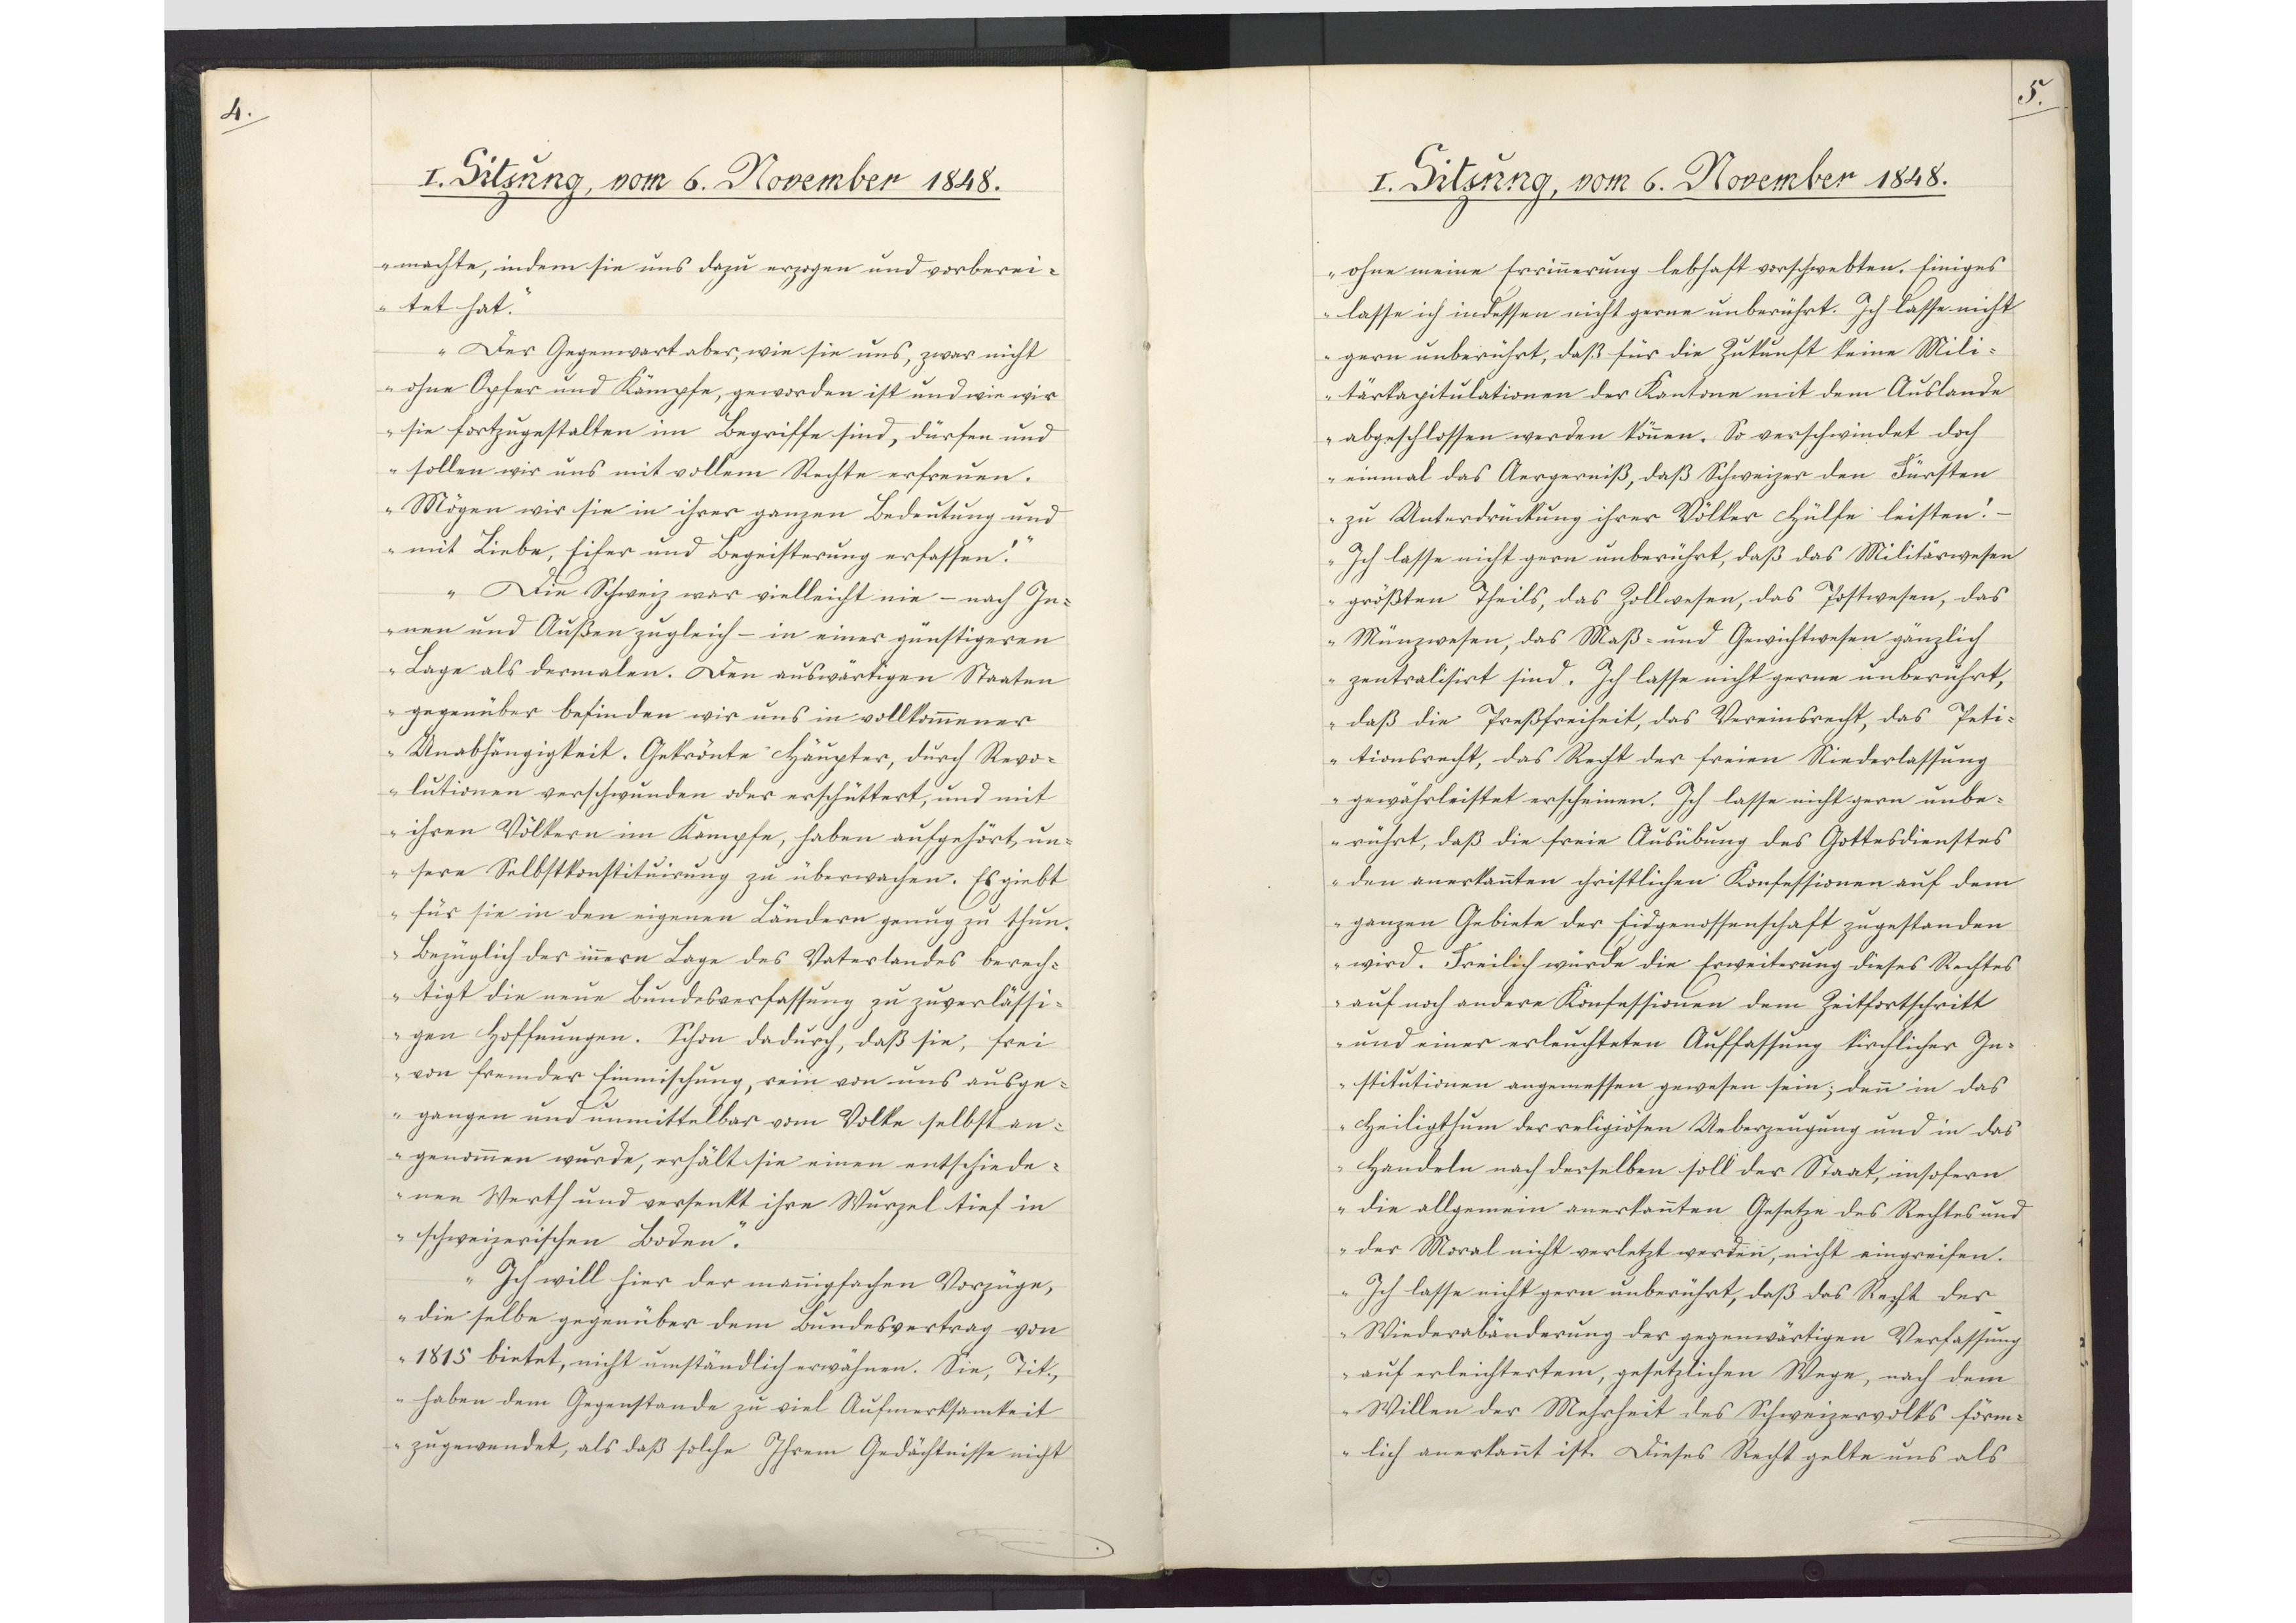
4.

I. Sitzung, vom 6. November 1848.

machte, indem sie uns dazu erzogen und vorberei¬
tet hat.
Der Gegenwart aber, wie sie uns, zwar nicht
ohne Opfer und Kämpfe, geworden ist und wie wir
sie fortzugestalten im Begriffe sind, dürfen und
sollen wir uns mit vollem Rechte erfreuen.
Mögen wir sie in ihrer ganzen Bedeutung und
mit Liebe, Eifer und Begeisterung erfassen!
Die Schweiz war vielleicht nie - nach In¬
nen und Außen zugleich - in einer günstigeren
Lage als dermalen. Den auswärtigen Staaten
gegenüber befinden wir uns in vollkommener
Unabhängigkeit. Gekrönte Häupter, durch Revo¬
lutionen verschwunden oder erschüttert, und mit
ihren Völkern im Kampfe, haben aufgehört, un¬
sere Selbstkonstituirung zu überwachen. Es giebt
für sie in den eigenen Ländern genug zu thun.
Bezüglich der innern Lage des Vaterlandes berech¬
tigt die neue Bundesverfassung zu zuverlässi¬
gen Hoffnungen. Schon dadurch, daß sie, frei
von fremder Einmischung, rein von uns ausge¬
gangen und unmittelbar vom Volke selbst an¬
genommen wurde, erhält sie einen entschiede¬
nen Werth und versenkt ihre Wurzel tief in
schweizerischen Boden.
Ich will hier der mannigfachen Vorzüge,
die selbe gegenüber dem Bundesvertrag von
1815 bietet, nicht umständlich erwähnen. Sie, Tit.,
haben dem Gegenstande zu viel Aufmerksamkeit
zugewendet, als daß solche Ihrem Gedächtnisse nicht

5.

I. Sitzung, vom 6. November 1848.

ohne meine Errinnerung lebhaft vorschwebten. Einiges
lasse ich indessen nicht gerne unberührt. Ich lasse nicht
gern unberührt, daß für die Zukunft keine Mili¬
tärkapitulationen der Kantone mit dem Auslande
abgeschlossen werden können. So verschwindet doch
einmal das Aergerniß, daß Schweizer den Fürsten
zu Unterdrückung ihrer Völker Hülfe leisten!
Ich lasse nicht gern unberührt, daß das Militärwesen
größten theils, das Zollwesen, das Postwesen, das
Münzwesen, das Maß- und Gewichtwesen gänzlich
zentralisirt sind. Ich lasse nicht gerne unberührt,
daß die Preßfreiheit, das Vereinsrecht, das Peti¬
tionsrecht, das Recht der freien Niederlassung
gewährleistet erscheinen. Ich lasse nicht gern unbe¬
rührt, daß die freie Ausübung des Gottesdienstes
den anerkannten christlichen Konfessionen auf dem
ganzen Gebiete der Eidgenossenschaft zugestanden
wird. Freilich wurde die Erweiterung dieses Rechtes
auf noch andere Konfessionen dem Zeitfortschritt
und einer erleuchteten Auffassung kirchlicher In¬
stitutionen angemessen gewesen sein; denn in das
Heiligthum der religiösen Ueberzeugung und in das
Handeln nach derselben soll der Staat, insofern
die allgemein anerkannten Gesetze des Rechtes und
der Moral nicht verletzt werden, nicht eingreifen.
Ich lasse nicht gern unberührt, daß das Recht der
Wiederabänderung der gegenwärtigen Verfassung
auf erleichtertem, gesetzlichen Wege, nach dem
Willen der Mehrheit des Schweizervolks förm¬
lich anerkannt ist. Dieses Recht gelte uns als